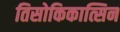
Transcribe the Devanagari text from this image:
तिसोकिकात्सिन